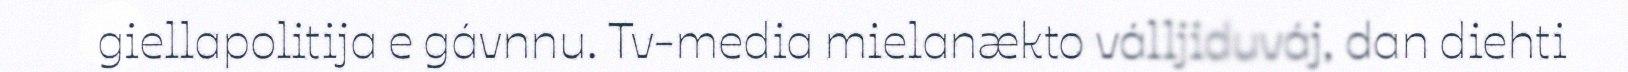
giellapolitija e gávnnu. Tv-media mielanækto válljiduváj, dan diehti